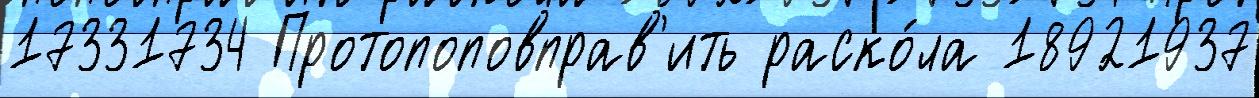
17331734 Протопоповправ'ить раско́ла 18921937